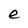
Character: e